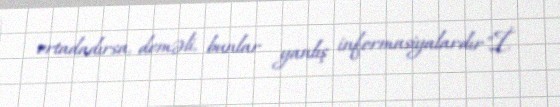
ortadadırsa, deməli, bunlar yanlış informasiyalardır".İ.